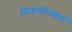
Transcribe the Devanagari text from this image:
मिडफील्‍डर्स